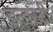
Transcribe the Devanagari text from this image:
इन्ड्स्ट्री